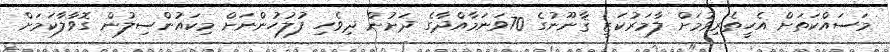
މަސައްކަތަށް އެހީތެރިވުމަށް ލާމަރުކަޒީ ޤާނޫނުގެ 70ވަނަމާއްދާގެ ދަށުން ދިވެހި ފުލުހުންނަށް މިކައުންސިލުން ގޮވާލާކަމަށް